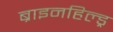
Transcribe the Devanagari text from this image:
ब्राइनहिल्ड्र